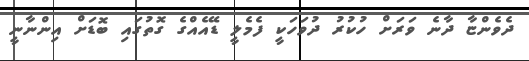
ދެވެންޏާ ދާނެ ވަރަށް ހުކުރު ދުވަހަކީ ފެމެލީ ޑޭއެއްގެ ގޮތުގައި ބޮޑަށް އިންނާނީ